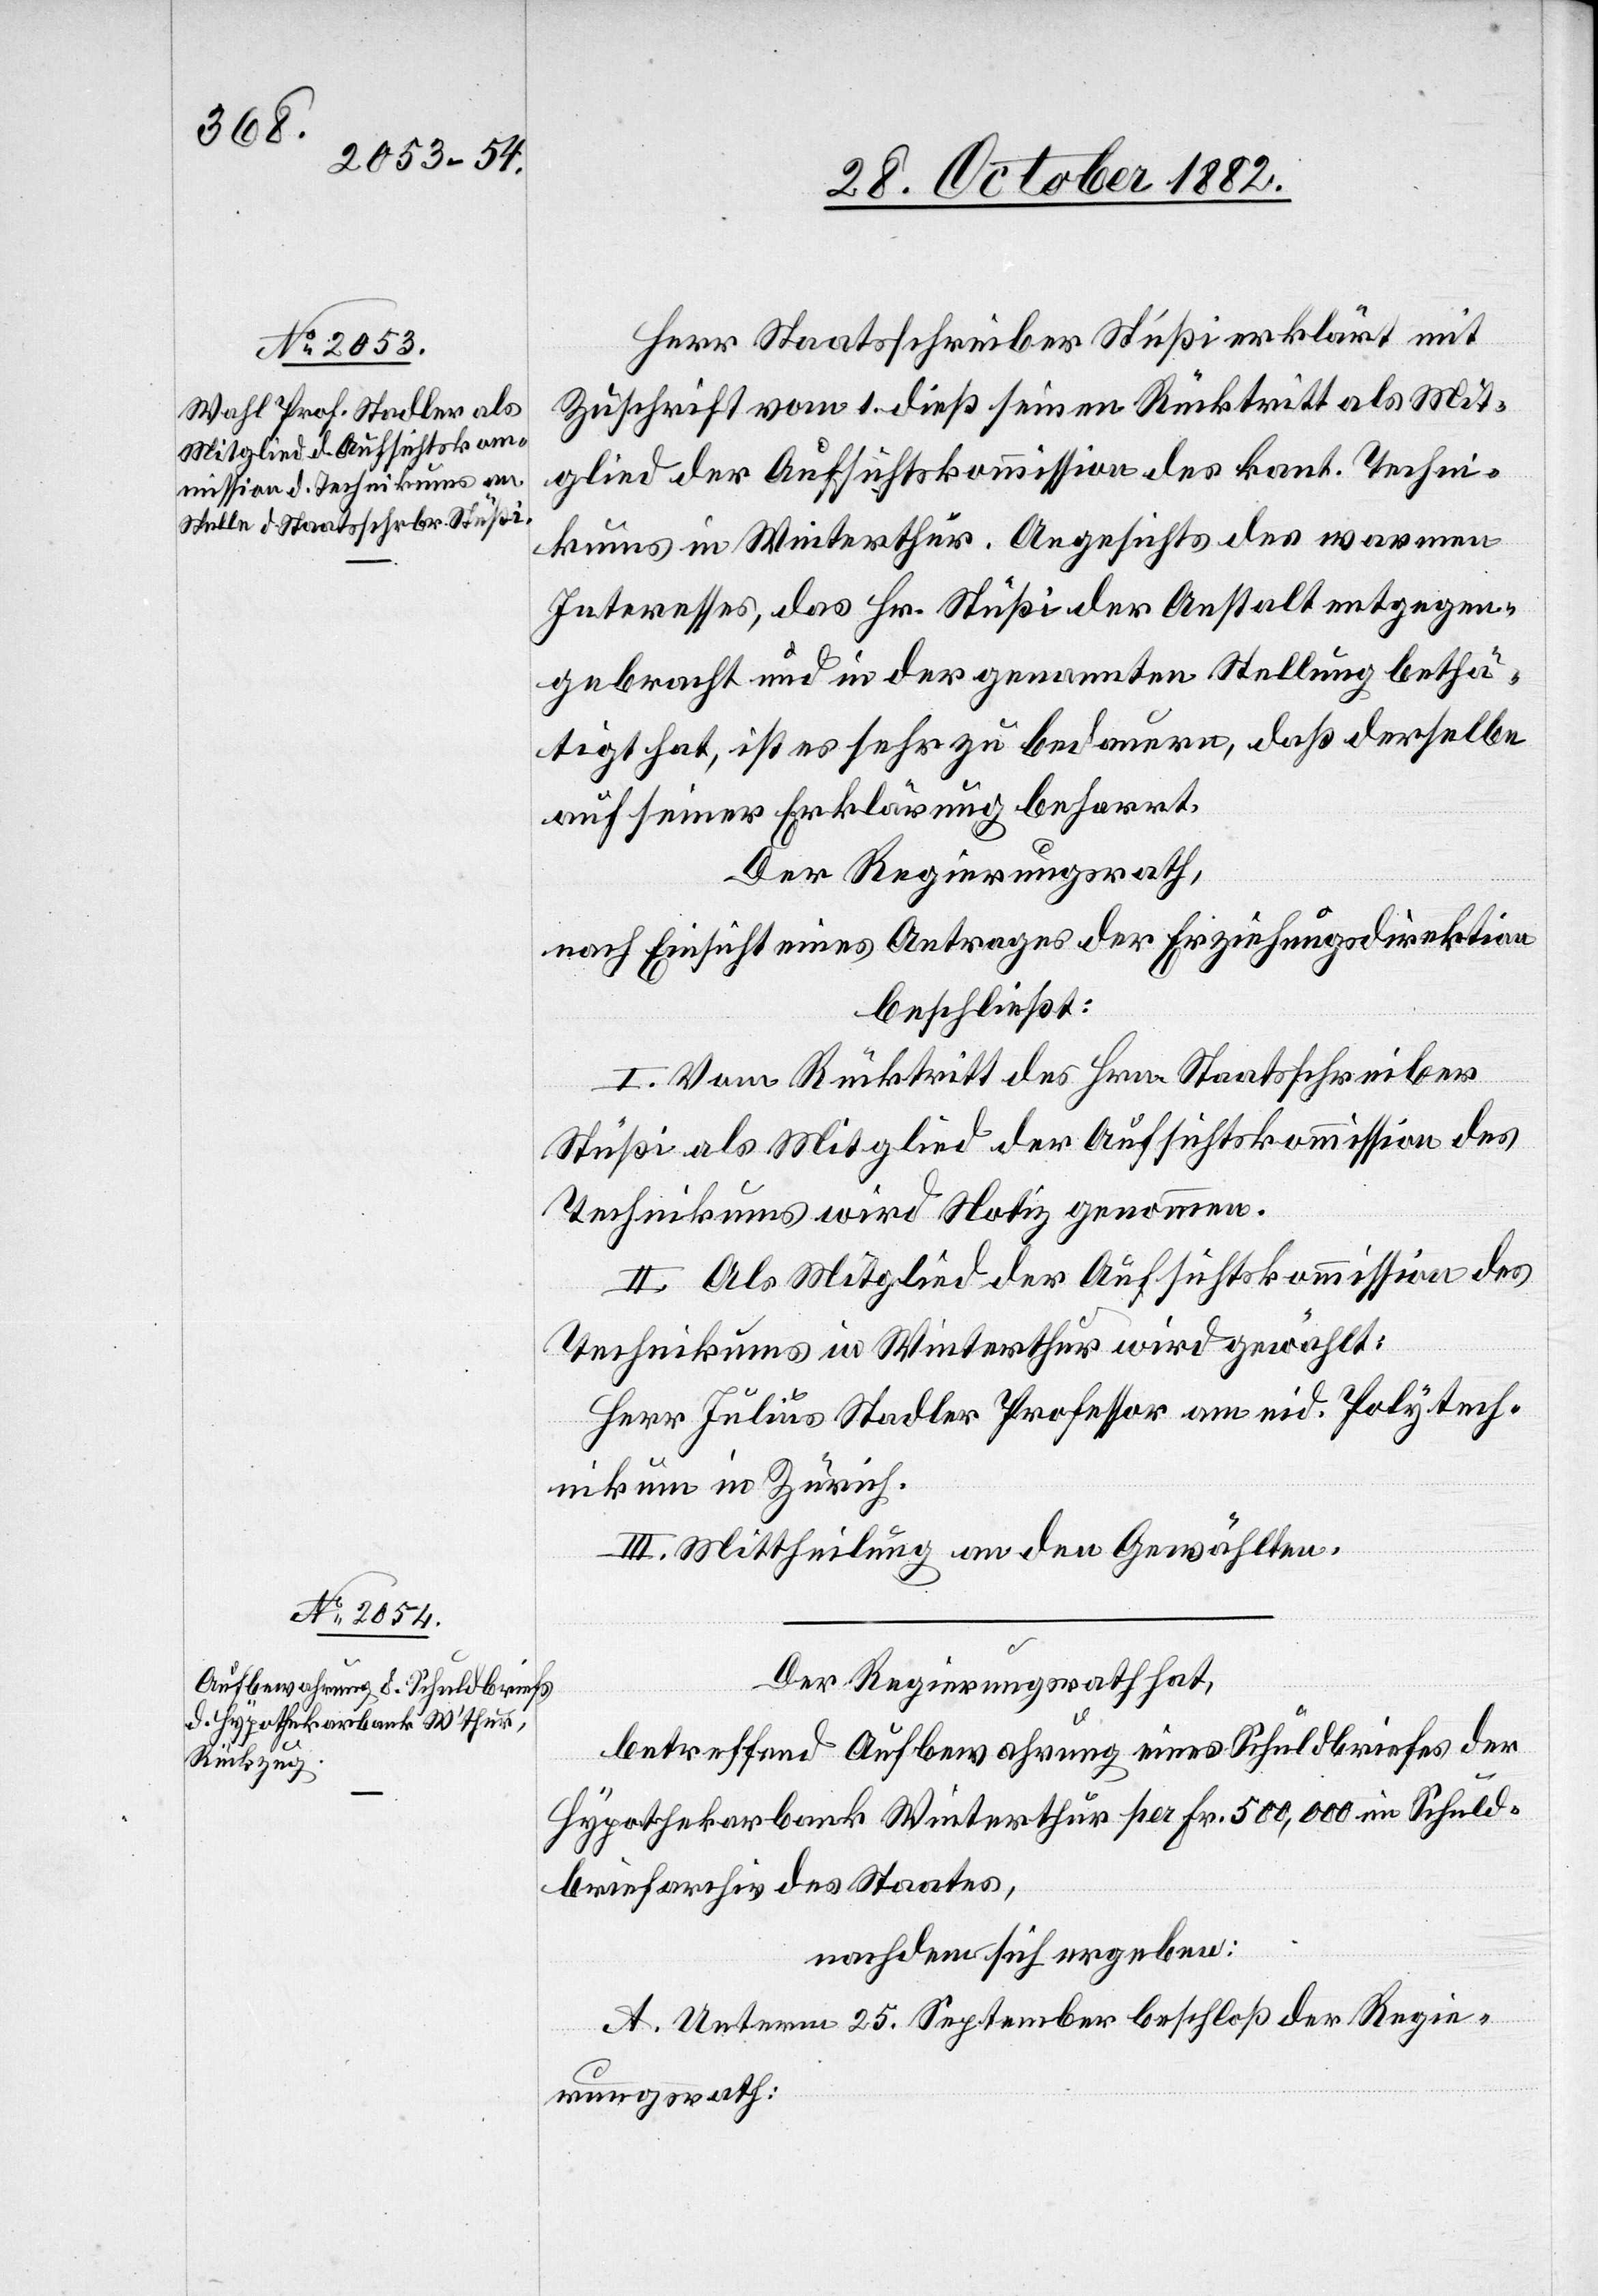
Herr Staatsschreiber Stüßi erklärt mit
Zuschrift vom 1. dieß seinen Rücktritt als Mit¬
glied der Aufsichtskommission des kant. Techni¬
kums in Winterthur. Angesichts des warmen
Interesses, das Hr. Stüßi der Anstalt entgegen¬
gebracht und in der genannten Stellung bethä¬
tigt hat, ist es sehr zu bedauern, daß derselbe
auf seiner Erklärung beharrt.
Der Regierungsrath,
nach Einsicht eines Antrages der Erziehungsdirektion,
beschließt:
I. Vom Rücktritt des Hrn. Staatsschreiber
Stüßi als Mitglied der Aufsichtskommission des
Technikums wird Notiz genommen.
II. Als Mitglied der Aufsichtskommission des
Technikums in Winterthur wird gewählt:
Herr Julius Stadler Professor am eid. Polytech¬
nikum in Zürich.
III. Mittheilung an den Gewählten.
Der Regierungsrath hat,
betreffend Aufbewahrung eines Schuldbriefes der
Hypothekarbank Winterthur per Fr. 500,000 im Schuld¬
briefarchiv des Staates,
nachdem sich ergeben:
A. Unterm 25. September beschloß der Regie¬
rungsrath: